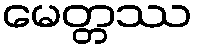
မေတ္တဿ